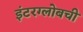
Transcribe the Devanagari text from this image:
इंटरग्लोबची